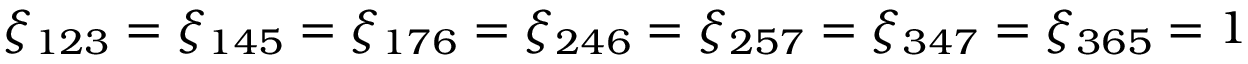
\xi _ { 1 2 3 } = \xi _ { 1 4 5 } = \xi _ { 1 7 6 } = \xi _ { 2 4 6 } = \xi _ { 2 5 7 } = \xi _ { 3 4 7 } = \xi _ { 3 6 5 } = 1